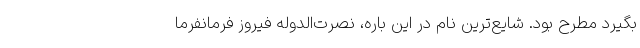
بگیرد مطرح بود. شایع‌ترین نام در این باره، نصرت‌الدوله فیروز فرمانفرما